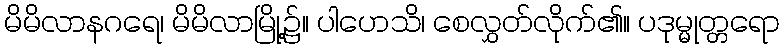
မိမိလာနဂရေ၊ မိမိလာမြို့၌။ ပါဟေသိ၊ စေလွှတ်လိုက်၏။ ပဒုမ္မုတ္တရော